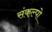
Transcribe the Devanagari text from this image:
संकल्पो